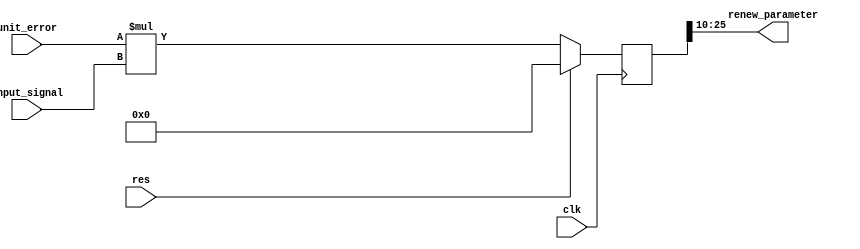
// This program was cloned from: https://github.com/weenslab/fpga101
// License: MIT License

`timescale 1ns / 1ps
//////////////////////////////////////////////////////////////////////////////////
// Company: Kyushu Institute of Technology
// 
// Design Name:    Neural Network (using backpropagation)
// Module Name:    dw
// Project Name:   LSI Design Contest in Okinawa 2018
// Target Devices: 
// Tool versions: 
//
// Description: 
//			Calculation of delta2 with 2 input and 1 output
// Input : 
//		clk				: 1 bit
//		reset			: 1 bit : high active
//		unit error		: 16 bits 00_0000.0000_0000_00 signed 
//		input signal	: 16 bits 00_0000.0000_0000_00 signed 
//
// Output:
//		renew parameter: 16 bits 00_0000.0000_0000_00 signed : new parameter
//
// Dependencies: 
//
// Revision: 
// Revision 0.01 - File Created
// Additional Comments: 
//
//////////////////////////////////////////////////////////////////////////////////
module dw(clk, res, unit_error, input_signal, renew_parameter);
	input clk;
	input res;
	input signed [15:0] unit_error;
	input signed [15:0] input_signal;
	output signed [15:0] renew_parameter;

	reg signed [31:0]	q;
	
	always@(posedge clk)
	 begin
		if (res == 1'b1)
			q = 0;
		else
			q = unit_error * input_signal;
	end
	
	assign 	renew_parameter = q[25:10];

endmodule